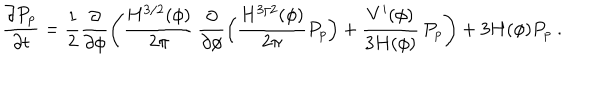
LaTeX: \frac { \partial P _ { p } } { \partial t } = \frac { 1 } { 2 } \frac { \partial } { \partial \phi } \left( \frac { H ^ { 3 / 2 } ( \phi ) } { 2 \pi } \, \frac { \partial } { \partial \phi } \Bigl ( \frac { H ^ { 3 / 2 } ( \phi ) } { 2 \pi } P _ { p } \Bigr ) + \frac { V ^ { \prime } ( \phi ) } { 3 H ( \phi ) } \, P _ { p } \right) + 3 H ( \phi ) P _ { p } \ .